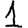
Digit: 1